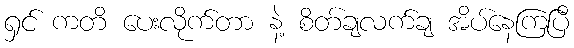
ရှင် ကတိ ပေးလိုက်တာ နဲ့ စိတ်ချလက်ချ အိပ်နေကြပြီ